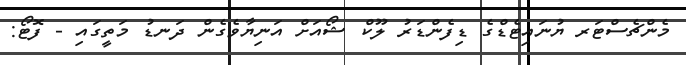
މެންޗެސްޓަރ ޔުނައިޓެޑްގެ ޑިފެންޑަރު ލޫކް ޝޯއަށް އަނިޔާވެގެން ދަނޑު މަތީގައި - ފޮޓޯ: